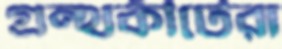
গ্রন্থকীটেরা